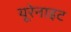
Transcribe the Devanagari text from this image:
यूरेनाइट